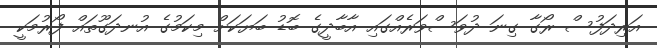
އަރިދަފުސް ރޯގާ ގިނަ ދުވަސްވަރެއްގައި އާބާދީގެ ބޮޑު ބަޔަކަށް މިކަމުގެ އުނދަގޫތައް ފޯރުމަކީ